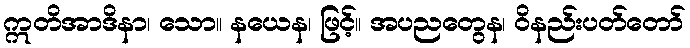
ဣတိအာဒိနာ၊ သော။ နယေန၊ ဖြင့်။ အပညတွေန၊ ဝိနည်းပတ်တော်